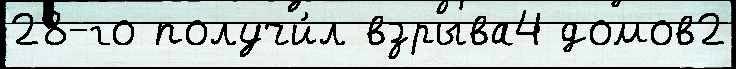
28-го получи́л взрыва4 домов2